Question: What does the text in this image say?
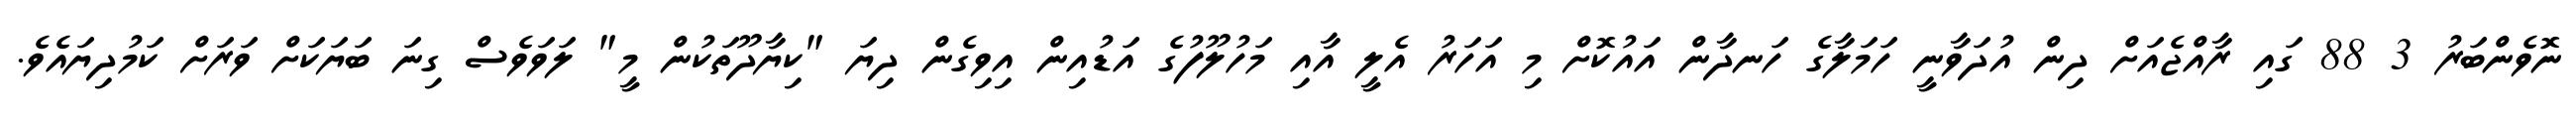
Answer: ނޮވެންބަރު 3 88 ގައި ރާއްޖެއަށް ދިން އުދަވާނީ ހަމަލާގެ ހަނދާން އައުކޮށް މި އަހަރު އެލީ އާއި މަހުލޫފުގެ އަޑުއިން އިވިގެން ދިޔަ "ކިޔާދޫތަކުން މީ" ލަވަވެސް ގިނަ ބަޔަކަށް ވަރަށް ކަމުދިޔައެވެ.